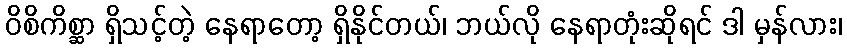
ဝိစိကိစ္ဆာ ရှိသင့်တဲ့ နေရာတော့ ရှိနိုင်တယ်၊ ဘယ်လို နေရာတုံးဆိုရင် ဒါ မှန်လား၊